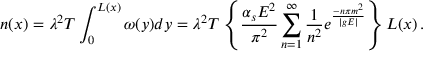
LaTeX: n ( x ) = \lambda ^ { 2 } T \int _ { 0 } ^ { L ( x ) } \omega ( y ) d y = \lambda ^ { 2 } T \left\{ \frac { \alpha _ { s } E ^ { 2 } } { \pi ^ { 2 } } \sum _ { n = 1 } ^ { \infty } \frac { 1 } { n ^ { 2 } } e ^ { \frac { - n \pi m ^ { 2 } } { | g E | } } \right\} L ( x ) \, .